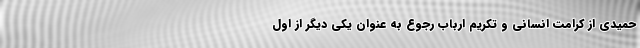
حمیدی از کرامت انسانی و تکریم ارباب رجوع به عنوان یکی دیگر از اول